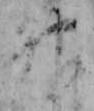
神